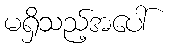
မရှိသည့်အပေါ်